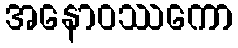
အနောဝဿကော